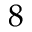
8